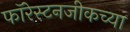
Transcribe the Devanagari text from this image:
फॉरेस्टनजीकच्या